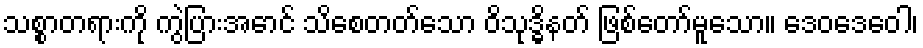
သစ္စာတရားကို ကွဲပြားအောင် သိစေတတ်သော ဝိသုဒ္ဓိနတ် ဖြစ်တော်မူသော။ ဒေဝဒေဝေါ၊